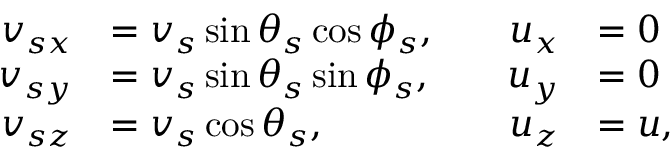
\begin{array} { r l r l } { v _ { s x } } & { = v _ { s } \sin \theta _ { s } \cos \phi _ { s } , \quad } & { u _ { x } } & { = 0 } \\ { v _ { s y } } & { = v _ { s } \sin \theta _ { s } \sin \phi _ { s } , \quad } & { u _ { y } } & { = 0 } \\ { v _ { s z } } & { = v _ { s } \cos \theta _ { s } , \quad } & { u _ { z } } & { = u , } \end{array}